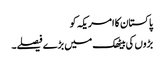
پاکستان کا امریکہ کو
بڑوں کی بیٹھک میں بڑے فیصلے۔